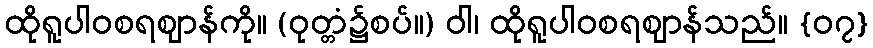
ထိုရူပါဝစရဈာန်ကို။ (ဝုတ္တံ၌စပ်။) ဝါ၊ ထိုရူပါဝစရဈာန်သည်။ {၀၇}